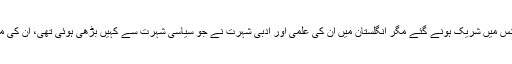
ویسے تو اقبال دوسری گول میز کانفرنس میں شریک ہونے گئے مگر انگلستان میں ان کی علمی اور ادبی شہرت نے جو سیاسی شہرت سے کہیں بڑھی ہوئی تھی، ان کی مصروفیات کو دو حصّوں میں بانٹ دیا۔